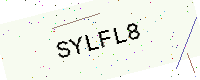
Text: SYLFL8